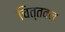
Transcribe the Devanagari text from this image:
चित्तवन